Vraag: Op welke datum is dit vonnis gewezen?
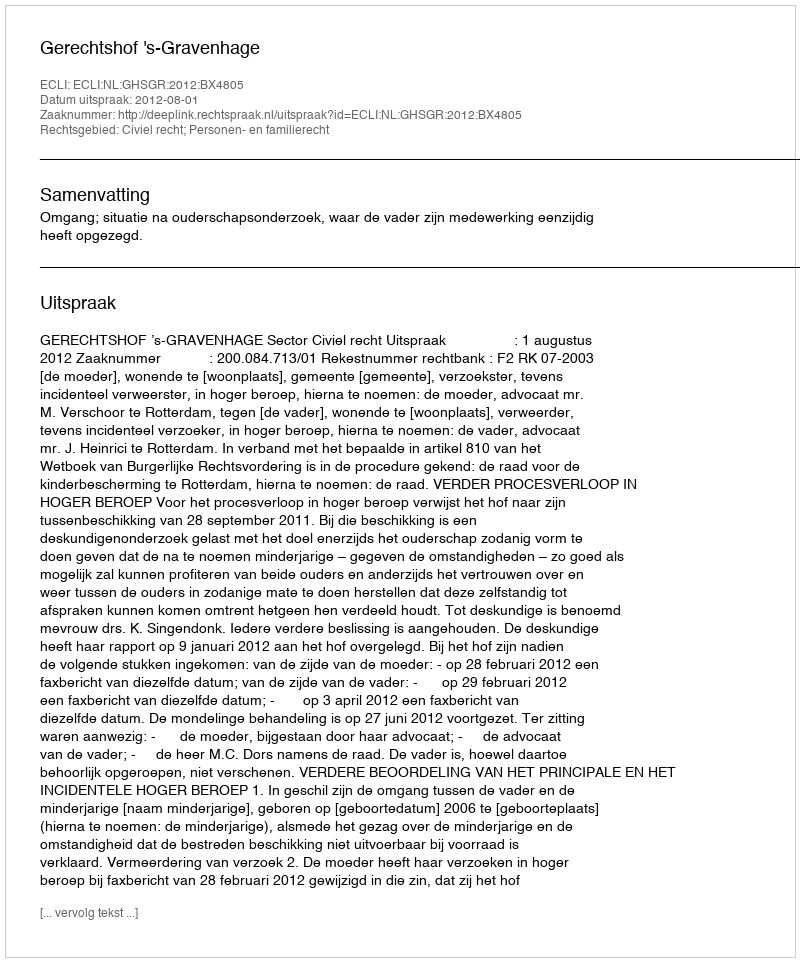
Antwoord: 2012-08-01